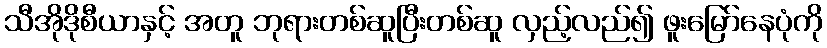
သီအိုဒိုစီယာနှင့် အတူ ဘုရားတစ်ဆူပြီးတစ်ဆူ လှည့်လည်၍ ဖူးမြော်နေပုံကို